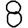
Digit: 8